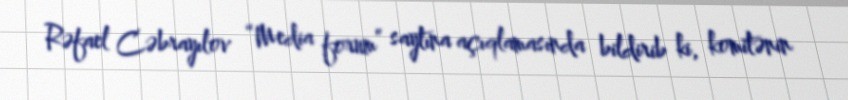
Rəfael Cəbrayılov “Media forum” saytına açıqlamasında bildirib ki, komitənin